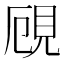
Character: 𧠏